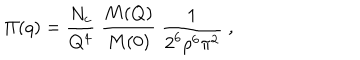
LaTeX: \Pi ( q ) = \frac { N _ { c } } { Q ^ { 4 } } \; \frac { M ( Q ) } { M ( 0 ) } \; \frac { 1 } { 2 ^ { 6 } \rho ^ { 6 } \pi ^ { 2 } } \; ,